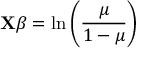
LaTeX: \mathbf { X } { \boldsymbol { \beta } } = \ln \left( { \frac { \mu } { 1 - \mu } } \right) \,